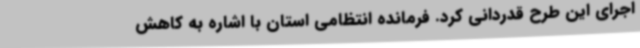
اجرای این طرح قدردانی کرد. فرمانده انتظامی استان با اشاره به کاهش